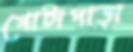
গোটাপাড়া